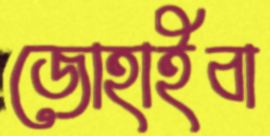
জোহাইবা